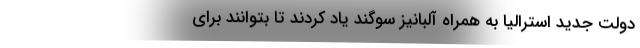
دولت جدید استرالیا به همراه آلبانیز سوگند یاد کردند تا بتوانند برای